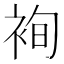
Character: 䘩